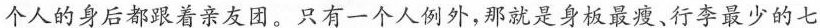
个人的身后都跟着亲友团。只有一个人例外，那就是身板最瘦，行李最少的与